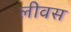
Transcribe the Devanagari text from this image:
लीवस